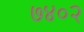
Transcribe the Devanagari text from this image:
७४०२